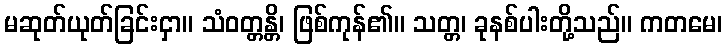
မဆုတ်ယုတ်ခြင်းငှာ။ သံဝတ္တန္တိ၊ ဖြစ်ကုန်၏။ သတ္တ၊ ခုနစ်ပါးတို့သည်။ ကတမေ၊